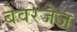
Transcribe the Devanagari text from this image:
बेवरेजेज